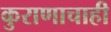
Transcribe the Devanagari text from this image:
कुराणाचाही